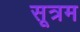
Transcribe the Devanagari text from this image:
सूत्रम